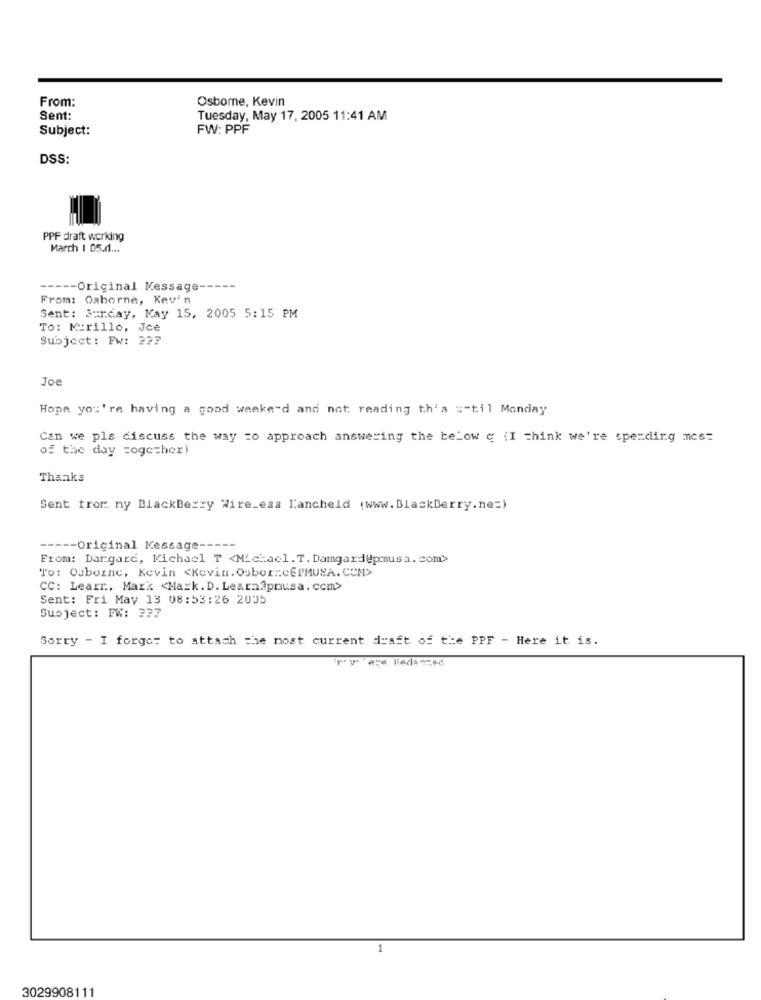
From:
Osborne, Kevin
Sent:
Tuesday, May 17, 2005 11:41 AM
Subject:
FW: PPF
DSS:
PPF draft working
March 1 05.d ...
----- Original Message -----
From: Osborne, Kevin
Sent: Sunday, May 15, 2005 5:15 PM
To: Murillo, Jce
Subject: Fw: 227
Joe
Hope you're having a good weekend and not reading th's =- til Monday
Can we pls discuss the way =o approach answering the below c (I think we're spending mcs=
of the day together!
Thanks
Sent from my Blackberry Wireless l'ancheld (www.BlackBerry.ne=)
----- Original Kessage -----
From: Dargard, Michael T <Michacl. T. Damgardepmmusa. com>>
To: Osborne, Kevin <Kevin. OsborncePMUSA. COM>
CC: Learr ., Mark <Mack.D. Learn@pmusa. com>
Sent: Fri May 13 08:53:26 2035
Subject: FW: 237
Sorry - I forgot to attach the most current draft of the PPF - Here it is.
1
3029908111